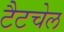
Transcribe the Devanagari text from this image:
टैटचेल